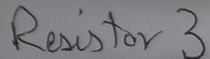
Text: Resistor 3